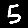
Digit: 5